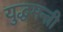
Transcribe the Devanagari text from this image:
युद्धमन्त्री